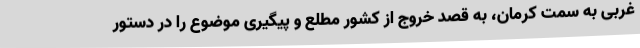
غربی به سمت کرمان، به قصد خروج از کشور مطلع و پیگیری موضوع را در دستور